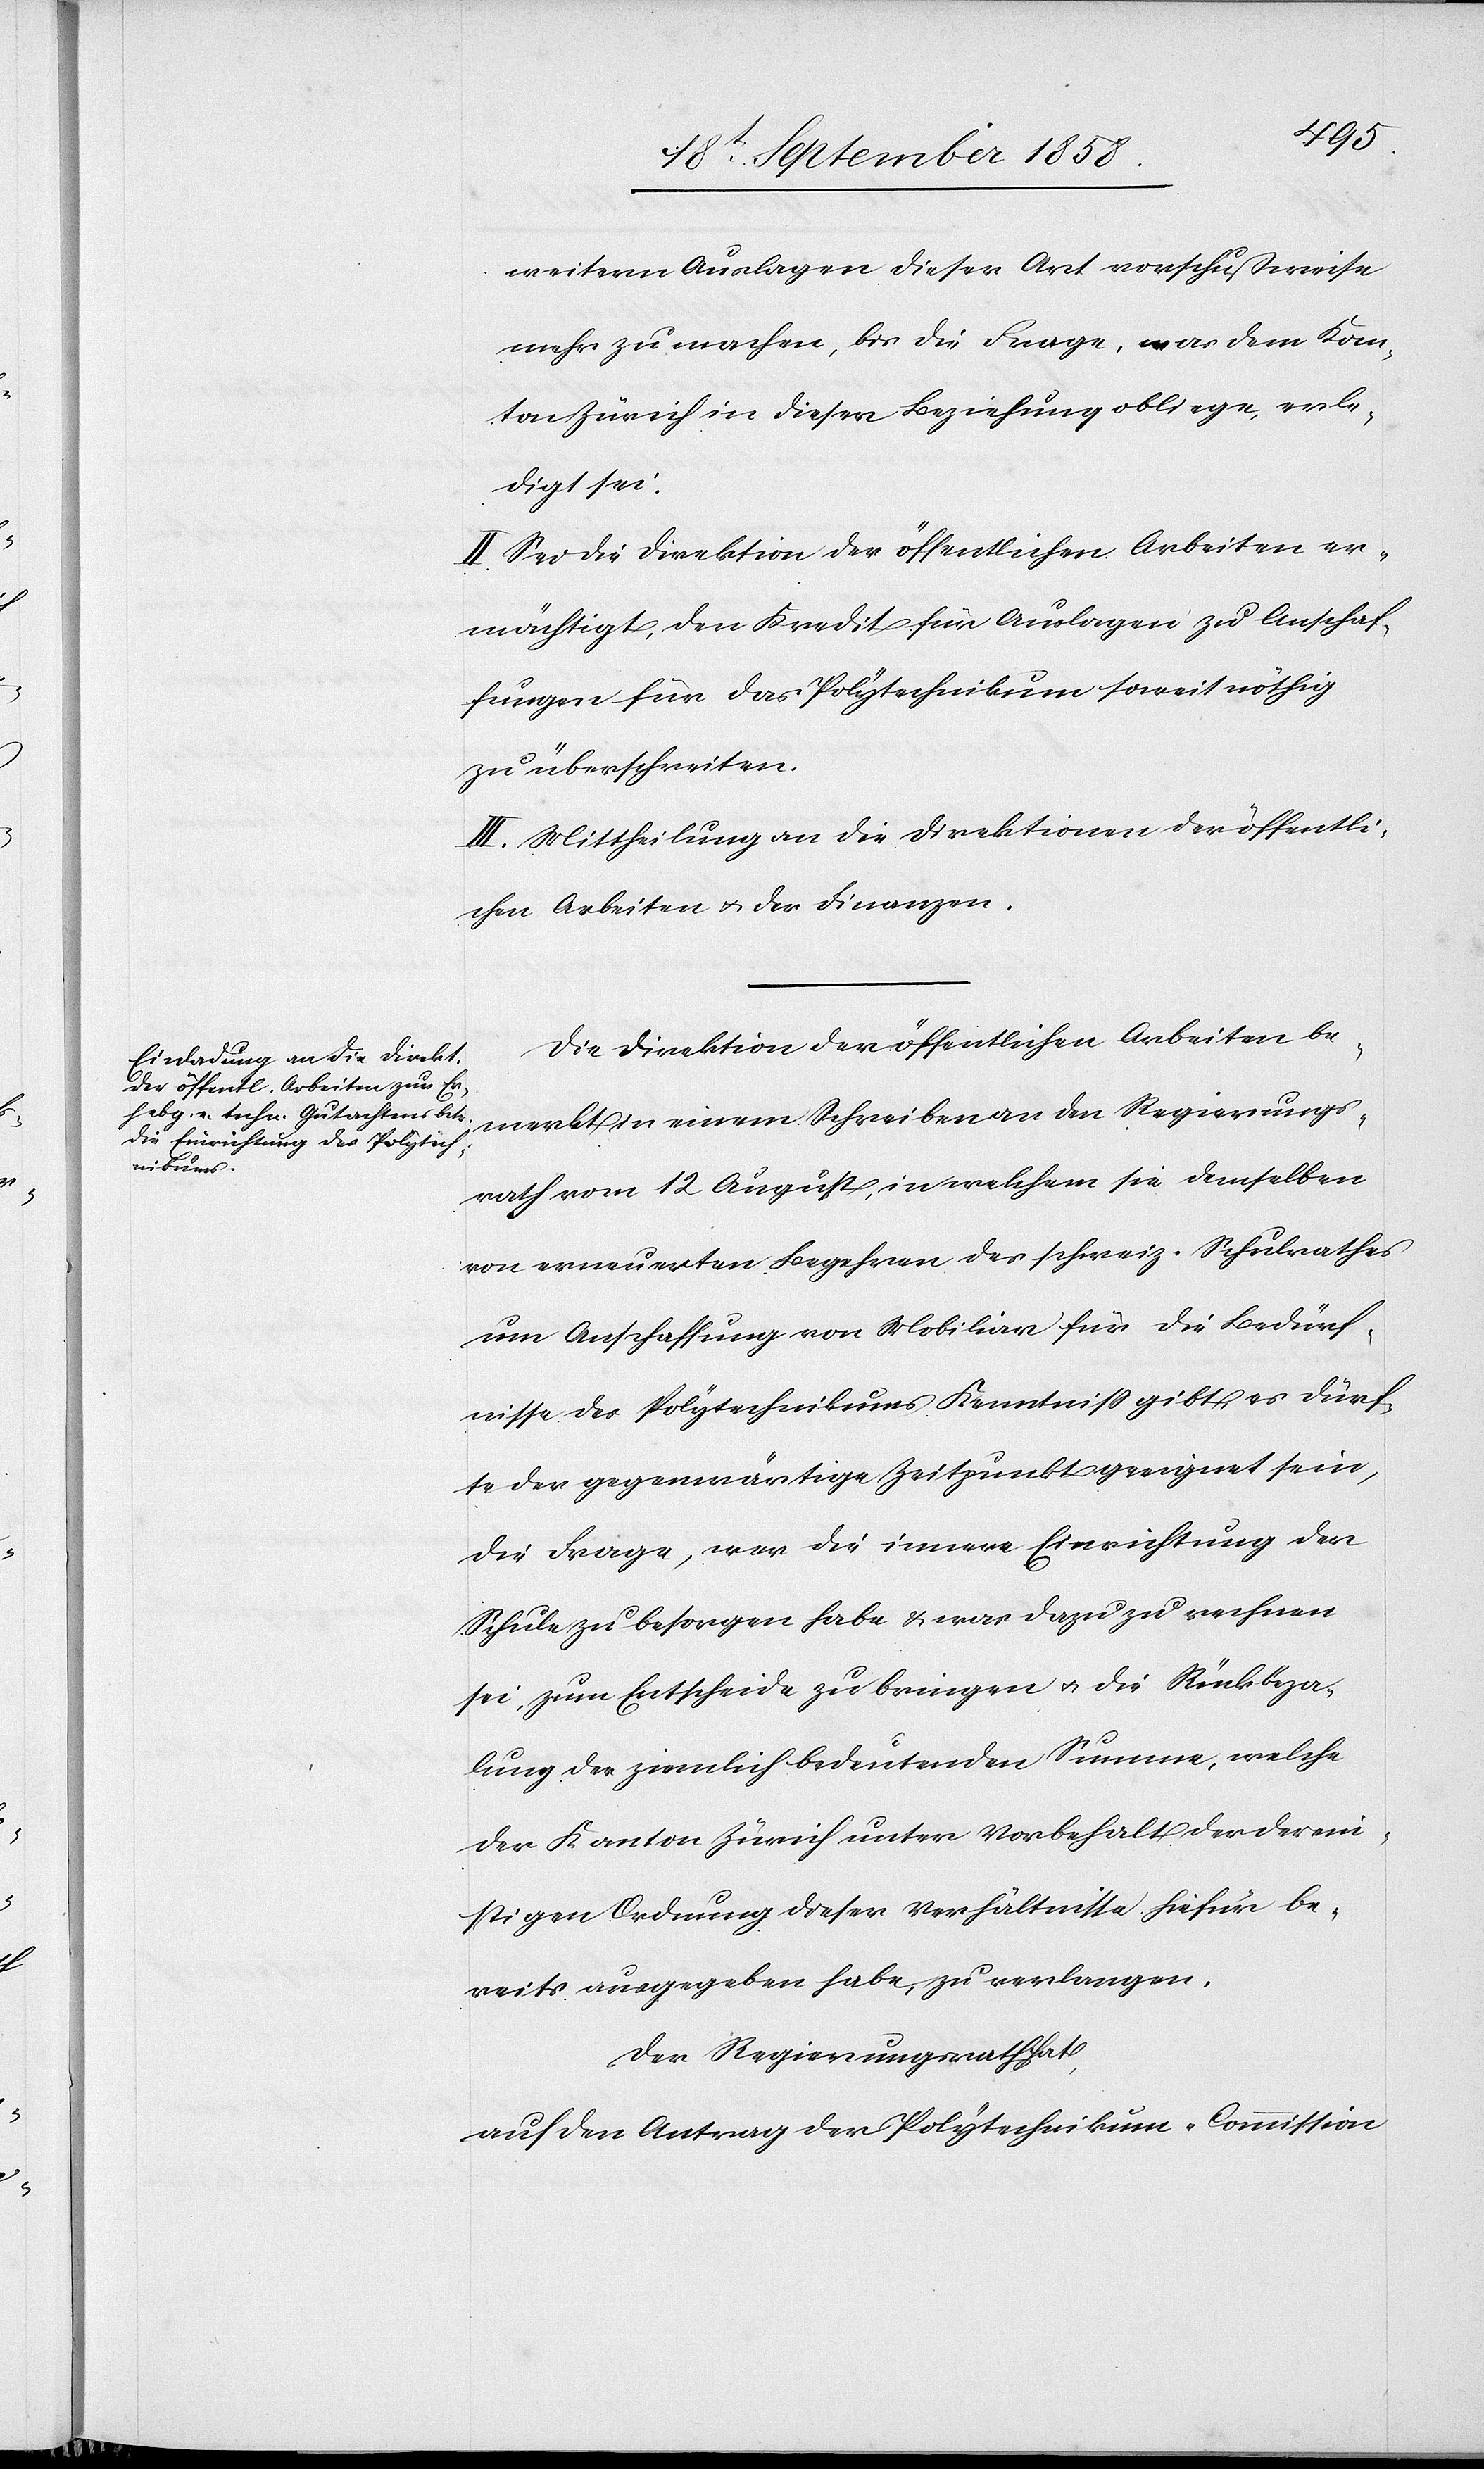
weitern Auslagen dieser Art vorschußweise
mehr zu machen, bis die Frage, was dem Kan¬
ton Zürich in dieser Beziehung obliege, erle¬
digt sei.
II. Sei die Direktion der öffentlichen Arbeiten er¬
mächtigt, den Kredit für Auslagen zu Anschaf¬
fungen für das Polytechnikum soweit nöthig
zu überschreiten.
III. Mittheilung an die Direktionen der öffentli¬
chen Arbeiten & der Finanzen.
Die Direktion der öffentlichen Arbeiten be¬
merkt in einem Schreiben an den Regierungs¬
rath vom 12 August, in welchem sie demselben
von erneuerten Begehren des schweiz. Schulrathes
um Anschaffung von Mobiliar für die Bedürf¬
nisse des Polytechnikums Kenntniß gibt, es dürf¬
te der gegenwärtige Zeitpunkt geeignet sein,
die Frage, wer die innere Einrichtung der
Schule zu besorgen habe & was dazu zu rechnen
sei, zum Entscheide zu bringen & die Rückbeza¬
lung der ziemlich bedeutenden Summe, welche
der Kanton Zürich unter Vorbehalt der derein¬
stigen Ordnung dieser Verhältnisse hiefür be¬
reits ausgegeben habe, zu verlangen.
Der Regierungsrath hat,
auf den Antrag der Polytechnikum-Commission